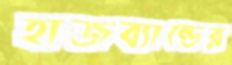
হাজব্যান্ডের